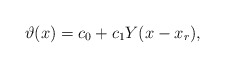
\begin{align*}\vartheta(x) = c_0 + c_1 Y(x-x_{r}),\end{align*}